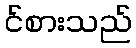
င်စားသည်